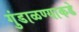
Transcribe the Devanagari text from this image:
गुंडाळण्याकडे